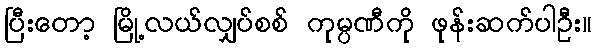
ပြီးတော့ မြို့လယ်လျှပ်စစ် ကုမ္ပဏီကို ဖုန်းဆက်ပါဦး။